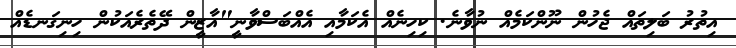
އިތުރު ބަލިތައް ޖެހުން ނޫންކަމެއް ނުވާނެ. ކިހިނެއް އެކަމާއި އެއްބަސްވާނީ"އާޒީން ދޭތެރެއަކުން ހިނިގަނޑެއް